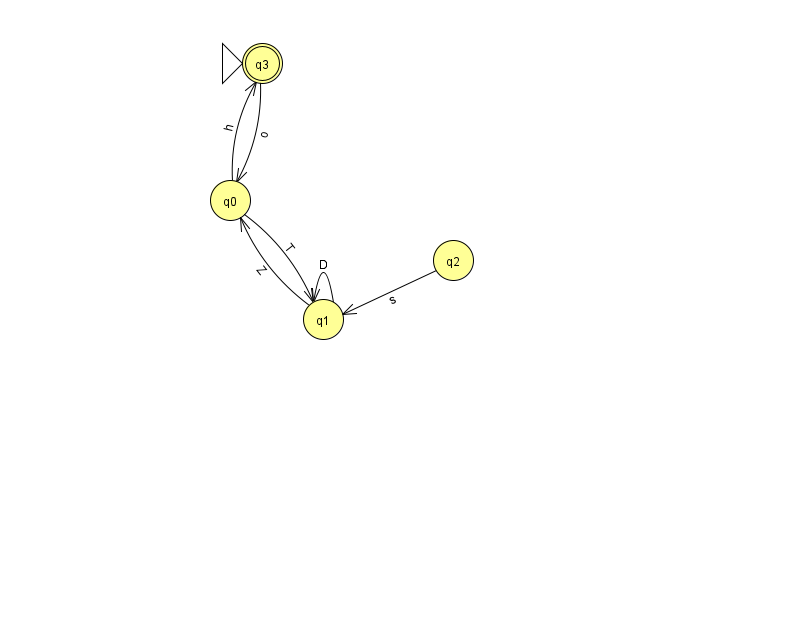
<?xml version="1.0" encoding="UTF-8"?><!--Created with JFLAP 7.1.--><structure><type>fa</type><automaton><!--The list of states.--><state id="0" name="q0"><x>230.0</x><y>187.0</y></state><state id="1" name="q1"><x>323.0</x><y>306.0</y></state><state id="2" name="q2"><x>453.0</x><y>247.0</y></state><state id="3" name="q3"><x>262.0</x><y>50.0</y><initial/><final/></state><!--The list of transitions.--><transition><from>1</from><to>1</to><read>D</read></transition><transition><from>2</from><to>1</to><read>s</read></transition><transition><from>0</from><to>1</to><read>T</read></transition><transition><from>1</from><to>0</to><read>Z</read></transition><transition><from>3</from><to>0</to><read>o</read></transition><transition><from>0</from><to>3</to><read>h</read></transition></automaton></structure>